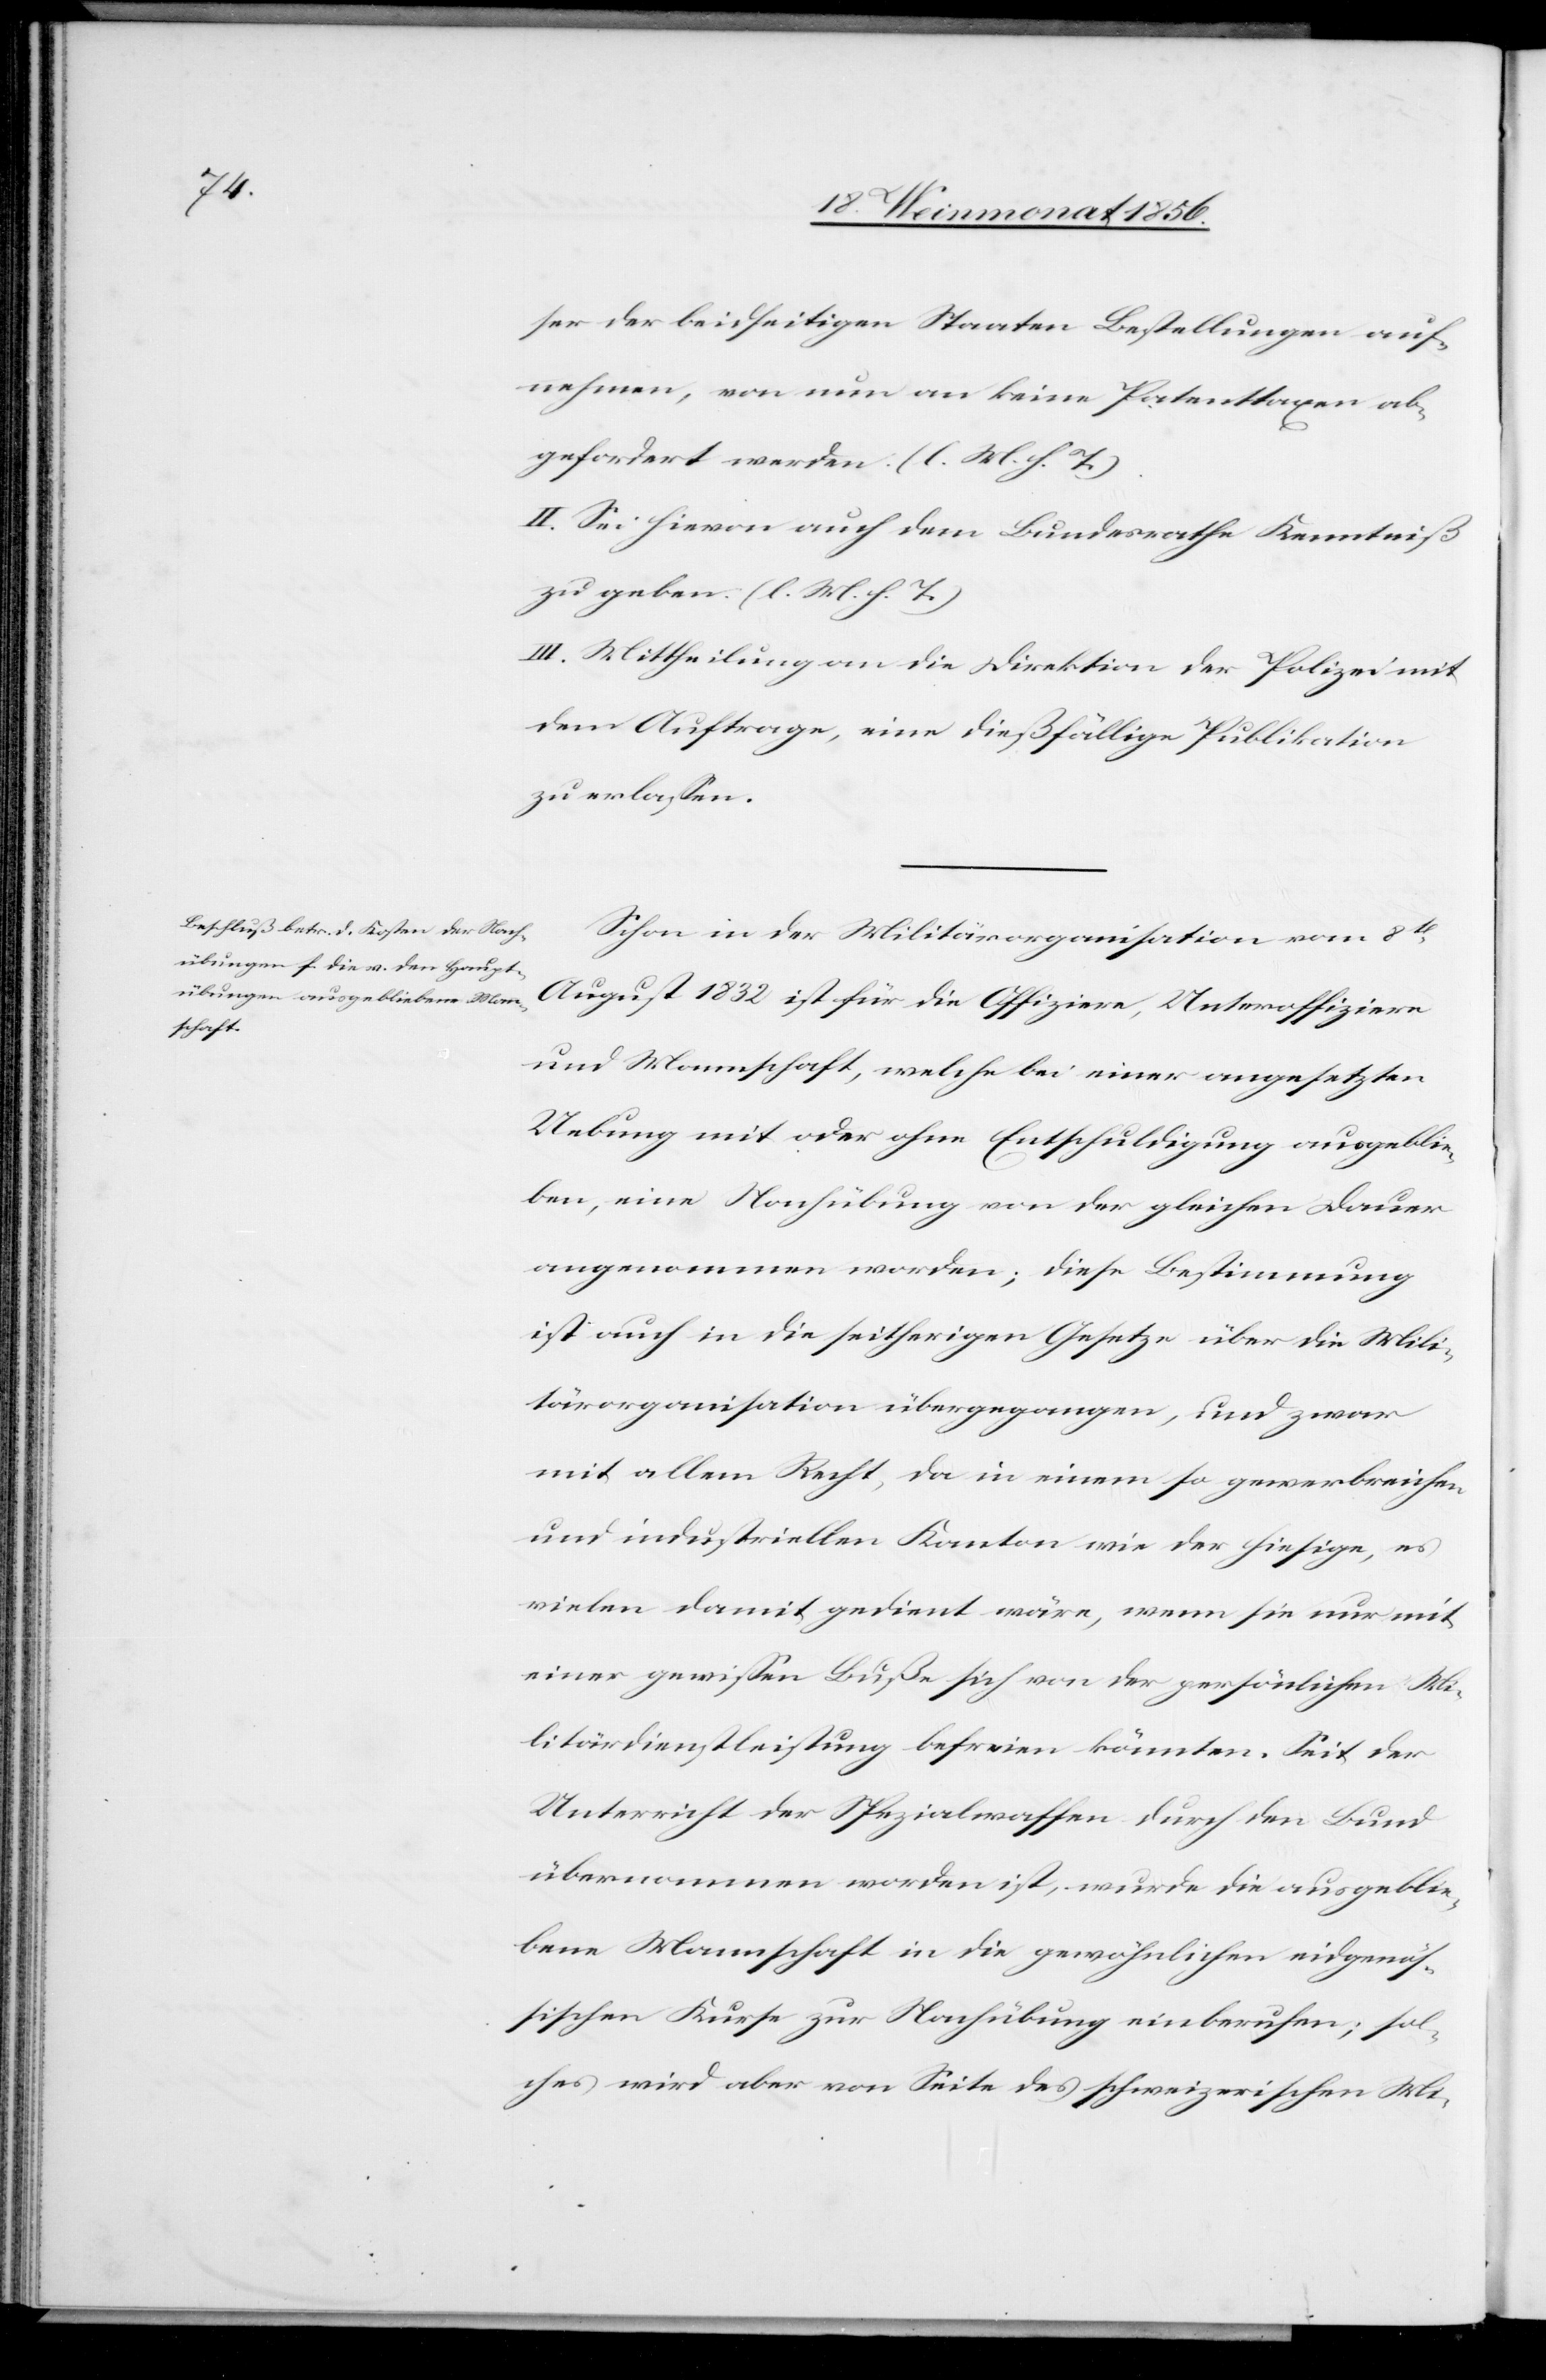
ser der beidseitigen Staaten Bestellungen auf¬
nehmen, von nun an keine Patenttaxen ab¬
gefordert werden. (l. M. h. T.).
II. Sei hievon auch dem Bundesrathe Kenntniß
zu geben. (l. M. h. T.)
III. Mittheilung an die Direktion der Polizei mit
dem Auftrage, eine dießfällige Publikation
zu erlassen.
Schon in der Militärorganisation vom 8t
August 1832 ist für die Offiziere, Unteroffiziere
und Mannschaft, welche bei einer angesetzten
Uebung mit oder ohne Entschuldigung ausgeblie¬
ben, eine Nachübung von der gleichen Dauer
angenommen worden; diese Bestimmung
ist auch in die seitherigen Gesetze über die Mili¬
tärorganisation übergegangen, und zwar
mit allem Recht, da in einem so gewerbreichen
und industriellen Kanton wie der hiesige, es
vielen damit gedient wäre, wenn sie nur mit
einer gewissen Buße sich von der persönlichen Mi¬
litärdienstleistung befreien könnten. Seit der
Unterricht der Spezialwaffen durch den Bund
übernommen worden ist, wurde die ausgeblie¬
bene Mannschaft in die gewöhnlichen eidgenös¬
sischen Kurse zur Nachübung einberufen; sol¬
ches wird aber von Seite des schweizerischen Mi-